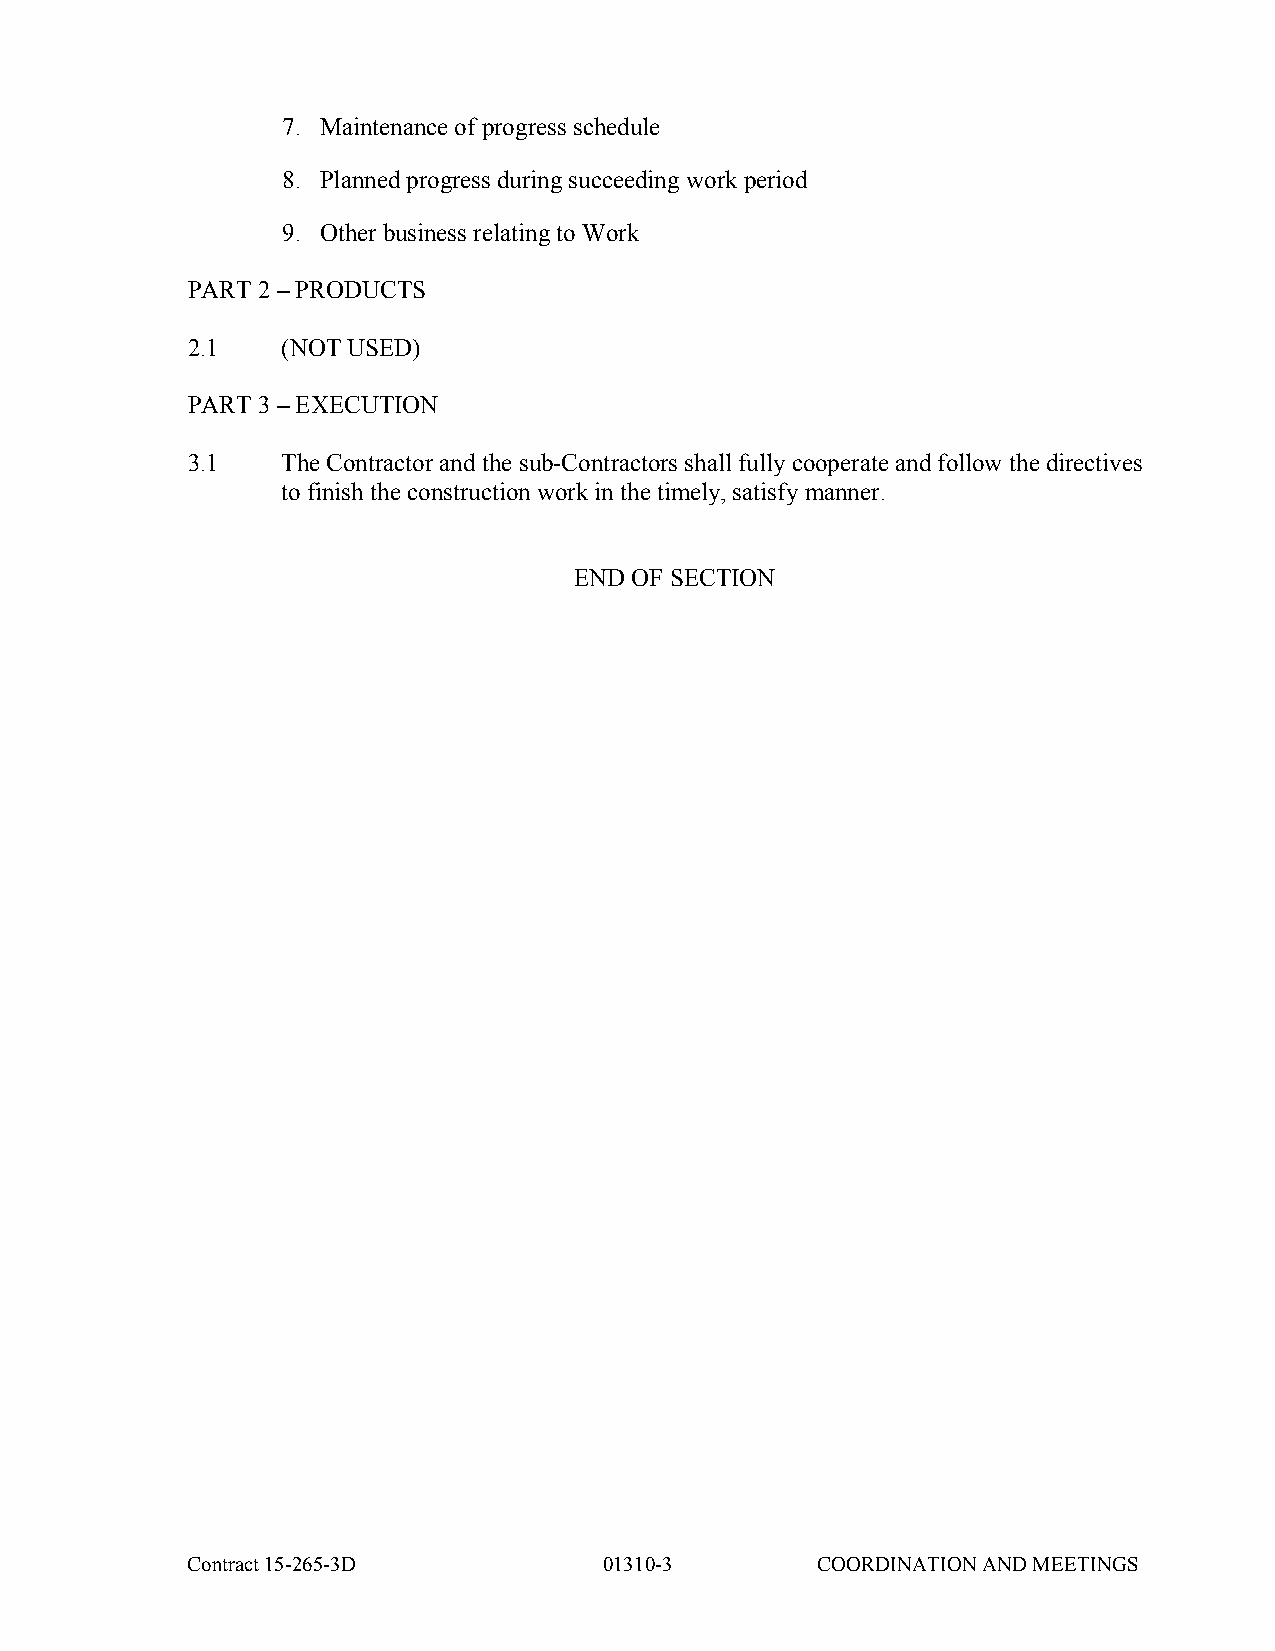
7. Maintenance of progress schedule
 8. Planned progress during succeeding work period
 9. Other business relating to Work
 PART 2 – PRODUCTS
 2.1    (NOT USED)
 PART 3 – EXECUTION
 3.1    The Contractor and the sub-Contractors shall fully cooperate and follow the directives
 to finish the construction work in the timely, satisfy manner.
 END OF SECTION
 Contract 15-265-3D          01310-3       COORDINATION AND MEETINGS